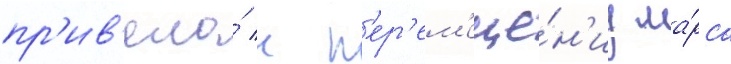
пр'ив'ела́ к п'ер'ем'еще́н'иу ма́рса